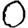
Digit: 0